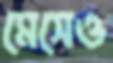
মেসেও